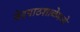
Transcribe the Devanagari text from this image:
वेदपाठशाळेमध्ये